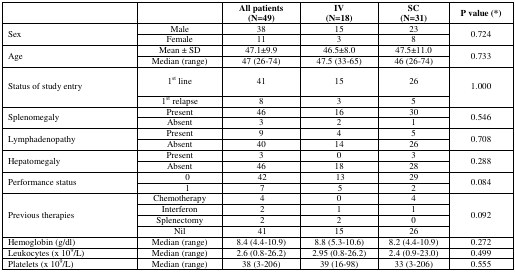
<table><thead><tr><td></td><td></td><td><b>All patients (N=49)</b></td><td><b>IV (N=18)</b></td><td><b>SC (N=31)</b></td><td><b>P value (*)</b></td></tr></thead><tbody><tr><td rowspan="2">Sex</td><td>Male</td><td>38</td><td>15</td><td>23</td><td rowspan="2">0.724</td></tr><tr><td>Female</td><td>11</td><td>3</td><td>8</td></tr><tr><td rowspan="2">Age</td><td>Mean ± SD</td><td>47.1±9.9</td><td>46.5±8.0</td><td>47.5±11.0</td><td rowspan="2">0.733</td></tr><tr><td>Median (range)</td><td>47 (26–74)</td><td>47.5 (33–65)</td><td>46 (26–74)</td></tr><tr><td rowspan="2">Status of study entry</td><td>1<sup>st</sup> line</td><td>41</td><td>15</td><td>26</td><td rowspan="2">1.000</td></tr><tr><td>1<sup>st</sup> relapse</td><td>8</td><td>3</td><td>5</td></tr><tr><td rowspan="2">Splenomegaly</td><td>Present</td><td>46</td><td>16</td><td>30</td><td rowspan="2">0.546</td></tr><tr><td>Absent</td><td>3</td><td>2</td><td>1</td></tr><tr><td rowspan="2">Lymphadenopathy</td><td>Present</td><td>9</td><td>4</td><td>5</td><td rowspan="2">0.708</td></tr><tr><td>Absent</td><td>40</td><td>14</td><td>26</td></tr><tr><td rowspan="2">Hepatomegaly</td><td>Present</td><td>3</td><td>0</td><td>3</td><td rowspan="2">0.288</td></tr><tr><td>Absent</td><td>46</td><td>18</td><td>28</td></tr><tr><td rowspan="2">Performance status</td><td>0</td><td>42</td><td>13</td><td>29</td><td rowspan="2">0.084</td></tr><tr><td>1</td><td>7</td><td>5</td><td>2</td></tr><tr><td rowspan="4">Previous therapies</td><td>Chemotherapy</td><td>4</td><td>0</td><td>4</td><td rowspan="4">0.092</td></tr><tr><td>Interferon</td><td>2</td><td>1</td><td>1</td></tr><tr><td>Splenectomy</td><td>2</td><td>2</td><td>0</td></tr><tr><td>Nil</td><td>41</td><td>15</td><td>26</td></tr><tr><td>Hemoglobin (g/dl)</td><td>Median (range)</td><td>8.4 (4.4–10.9)</td><td>8.8 (5.3–10.6)</td><td>8.2 (4.4–10.9)</td><td>0.272</td></tr><tr><td>Leukocytes (× 10<sup>9</sup>/L)</td><td>Median (range)</td><td>2.6 (0.8–26.2)</td><td>2.95 (0.8–26.2)</td><td>2.4 (0.9–23.0)</td><td>0.499</td></tr><tr><td>Platelets (× 10<sup>9</sup>/L)</td><td>Median (range)</td><td>38 (3–206)</td><td>39 (16–98)</td><td>33 (3–206)</td><td>0.555</td></tr></tbody></table>